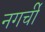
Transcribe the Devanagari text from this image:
नगर्ची